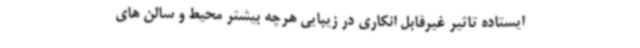
ایستاده تاثیر غیرقابل انکاری در زیبایی هرچه بیشتر محیط و سالن های